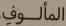
المألوف